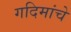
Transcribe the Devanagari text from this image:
गदिमांचे